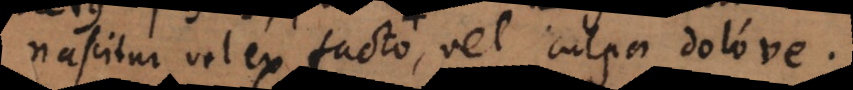
nascitur vel ex facto, vel culpa dolove.